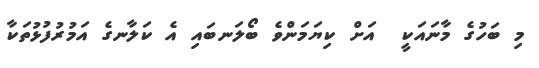
މި ބަހުގެ މާނައަކީ  އަށް ކިޔަމަންވެ ބޯލަނބައި އެ ކަލާނގެ އަމުރުފުޅުތަކާ